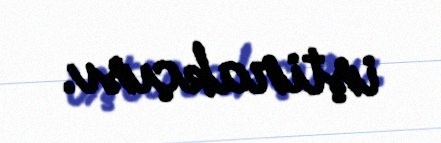
iştirakçısı.